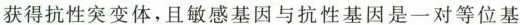
获得抗性突变体，且敏感基因与抗性基因是一对等位基